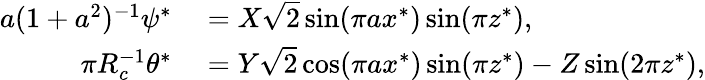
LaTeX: \begin{array}{rl}{a(1+a^{2})^{-1}\psi^{*}}&{{}=X\sqrt{2}\sin(\pi ax^{*})\sin(\pi z^{*}),}\\ {\pi R_{c}^{-1}\theta^{*}}&{{}=Y\sqrt{2}\cos(\pi ax^{*})\sin(\pi z^{*})-Z\sin(2\pi z^{*}),}\end{array}